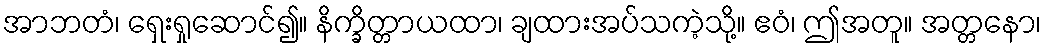
အာဘတံ၊ ရှေးရှုဆောင်၍။ နိက္ခိတ္တာယထာ၊ ချထားအပ်သကဲ့သို့။ ဧဝံ၊ ဤအတူ။ အတ္တနော၊